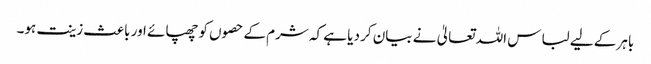
باہر کے لیے لباس اللہ تعالیٰ نے بیان کر دیا ہے کہ شرم کے حصوں کو چھپائے اور باعث زینت ہو۔